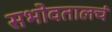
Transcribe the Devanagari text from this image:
सभोवतालचं